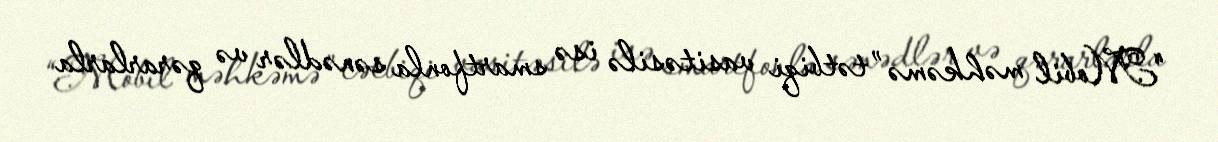
“Mobil məhkəmə” tətbiqi vasitəsilə isə smartfonla sənədlər və qərarlarla